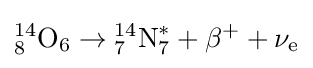
{}_{8}^{14}{\text{O}}_{6}\rightarrow {}_{7}^{14}{\text{N}}_{7}^{*}+\beta ^{+}+\nu _{\text{e}}